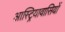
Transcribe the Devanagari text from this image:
आस्ट्रियावासियों